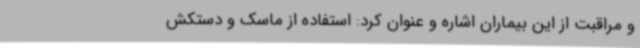
و مراقبت از این بیماران اشاره و عنوان کرد: استفاده از ماسک و دستکش